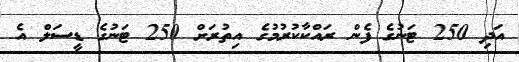
އަދި 250 ޓަނުގެ ފެން ރައްކާކުރުމުގެ އިތުރަށް 250 ޓަނުގެ ޑީސަލް އެ